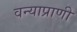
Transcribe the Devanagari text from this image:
वन्याप्राणी